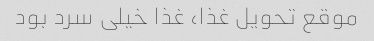
موقع تحویل غذا، غذا خیلی سرد بود